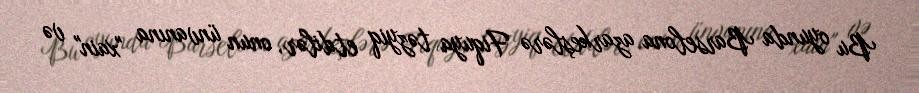
Bu oyunda Barselona azarkeşlərə Fiquya təzyiq etdilər, onun ünvanına "xain" və